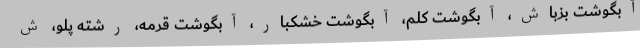
آبگوشت بزباش، آبگوشت کلم، آبگوشت خشکبار، آبگوشت قرمه، رشته پلو، ش